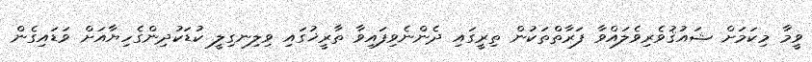
ވީމާ މިކަމަށް ޝައުޤުވެރިވެލައްވާ ފަރާތްތަކުން ތިރީގައި ދެންނެވިފައިވާ ތާރީޚުގައި ވިލިނގިލީ ކުޑަކުދިންގެހިޔާއަށް ވަޑައިގެން